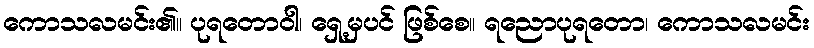
ကောသလမင်း၏။ ပုရတောဝါ၊ ရှေ့မှပင် ဖြစ်စေ။ ရညောပုရတော၊ ကောသလမင်း